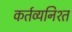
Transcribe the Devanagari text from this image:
कर्तव्यनिश्त